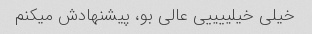
خیلی خیلییییی عالی بو، پیشنهادش میکنم